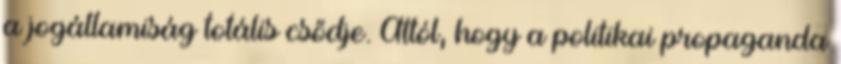
a jogállamiság totális csődje. Attól, hogy a politikai propaganda